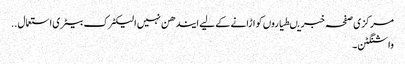
مرکزی صفحہ خبریںطیاروں کو اڑانے کے لیے ایندھن نہیں الیکٹرک بیٹری استعمال ..
واشنگٹن ۔